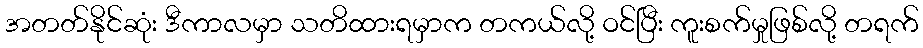
အတတ်နိုင်ဆုံး ဒီကာလမှာ သတိထားရမှာက တကယ်လို့ ဝင်ပြီး ကူးစက်မှုဖြစ်လို့ တရက်